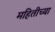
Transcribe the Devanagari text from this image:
महितीच्या